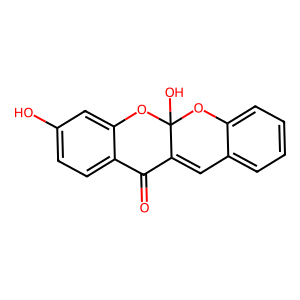
SMILES: O=C1C2=Cc3ccccc3OC2(O)Oc2cc(O)ccc21
Inhibits HIV replication: No